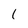
Character: 1